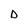
Character: D